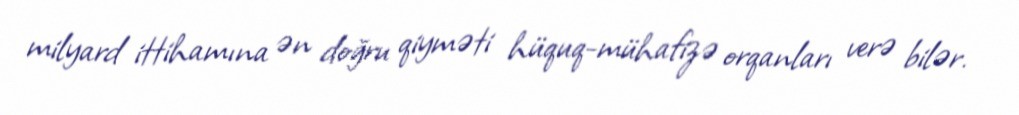
milyard ittihamına ən doğru qiyməti hüquq-mühafizə orqanları verə bilər.